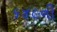
૬૪૯ની